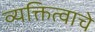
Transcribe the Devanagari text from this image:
व्यक्तित्वाचे